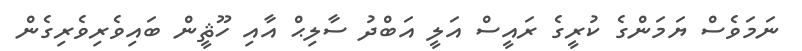
ނަމަވެސް ޔަމަންގެ ކުރީގެ ރައީސް އަލީ އަބްދު ސާލިޙް އާއި ހޫޘީން ބައިވެރިވެރިގެން